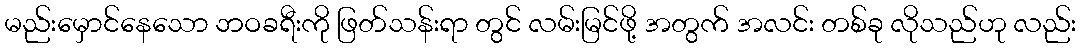
မည်းမှောင်နေသော ဘဝခရီးကို ဖြတ်သန်းရာ တွင် လမ်းမြင်ဖို့ အတွက် အလင်း တစ်ခု လိုသည်ဟု လည်း